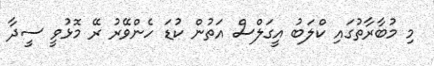
މި މުބާރާތުގައި ކްލަބު އީގަލްސް އަތުން ކުޑަ ހެންވޭރު ރޭ މޮޅުވީ ސީދާ